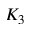
K _ { 3 }